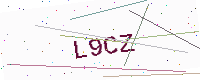
Text: L9CZ